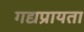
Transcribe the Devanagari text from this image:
गद्यप्रायता